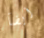
أيضآ